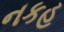
નકહ